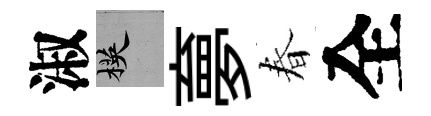
淑楧夣春全